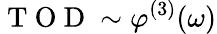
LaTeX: \mathrm{~T~O~D~}\sim\varphi^{(3)}(\omega)